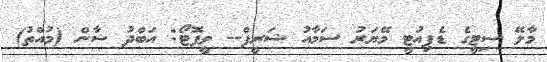
މާލޭ ސިޓީގެ ޑެޕިއުޓީ މޭޔަރު ސަމާއު ޝަރީފް-- ވީފޮޓޯ: އަބްދު ޝާން (މުއްތު)